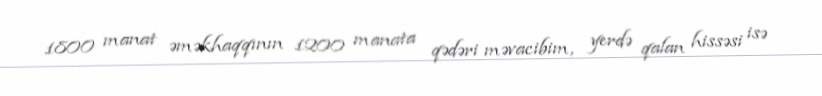
1800 manat əməkhaqqının 1200 manata qədəri məvacibim, yerdə qalan hissəsi isə